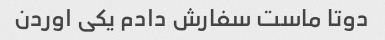
دوتا ماست سفارش دادم یکی اوردن